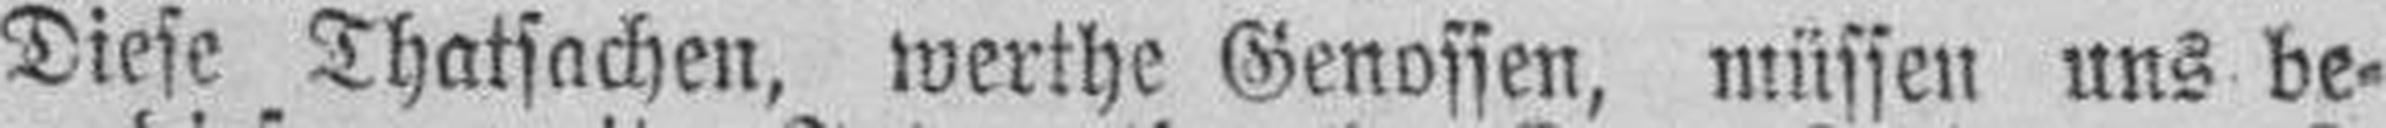
Diese Thatsachen, werthe Genossen, müssen uns be¬